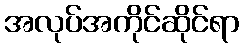
အလုပ်အကိုင်ဆိုင်ရာ